Jaan_Tonisson_(Lasteleht), lk 285
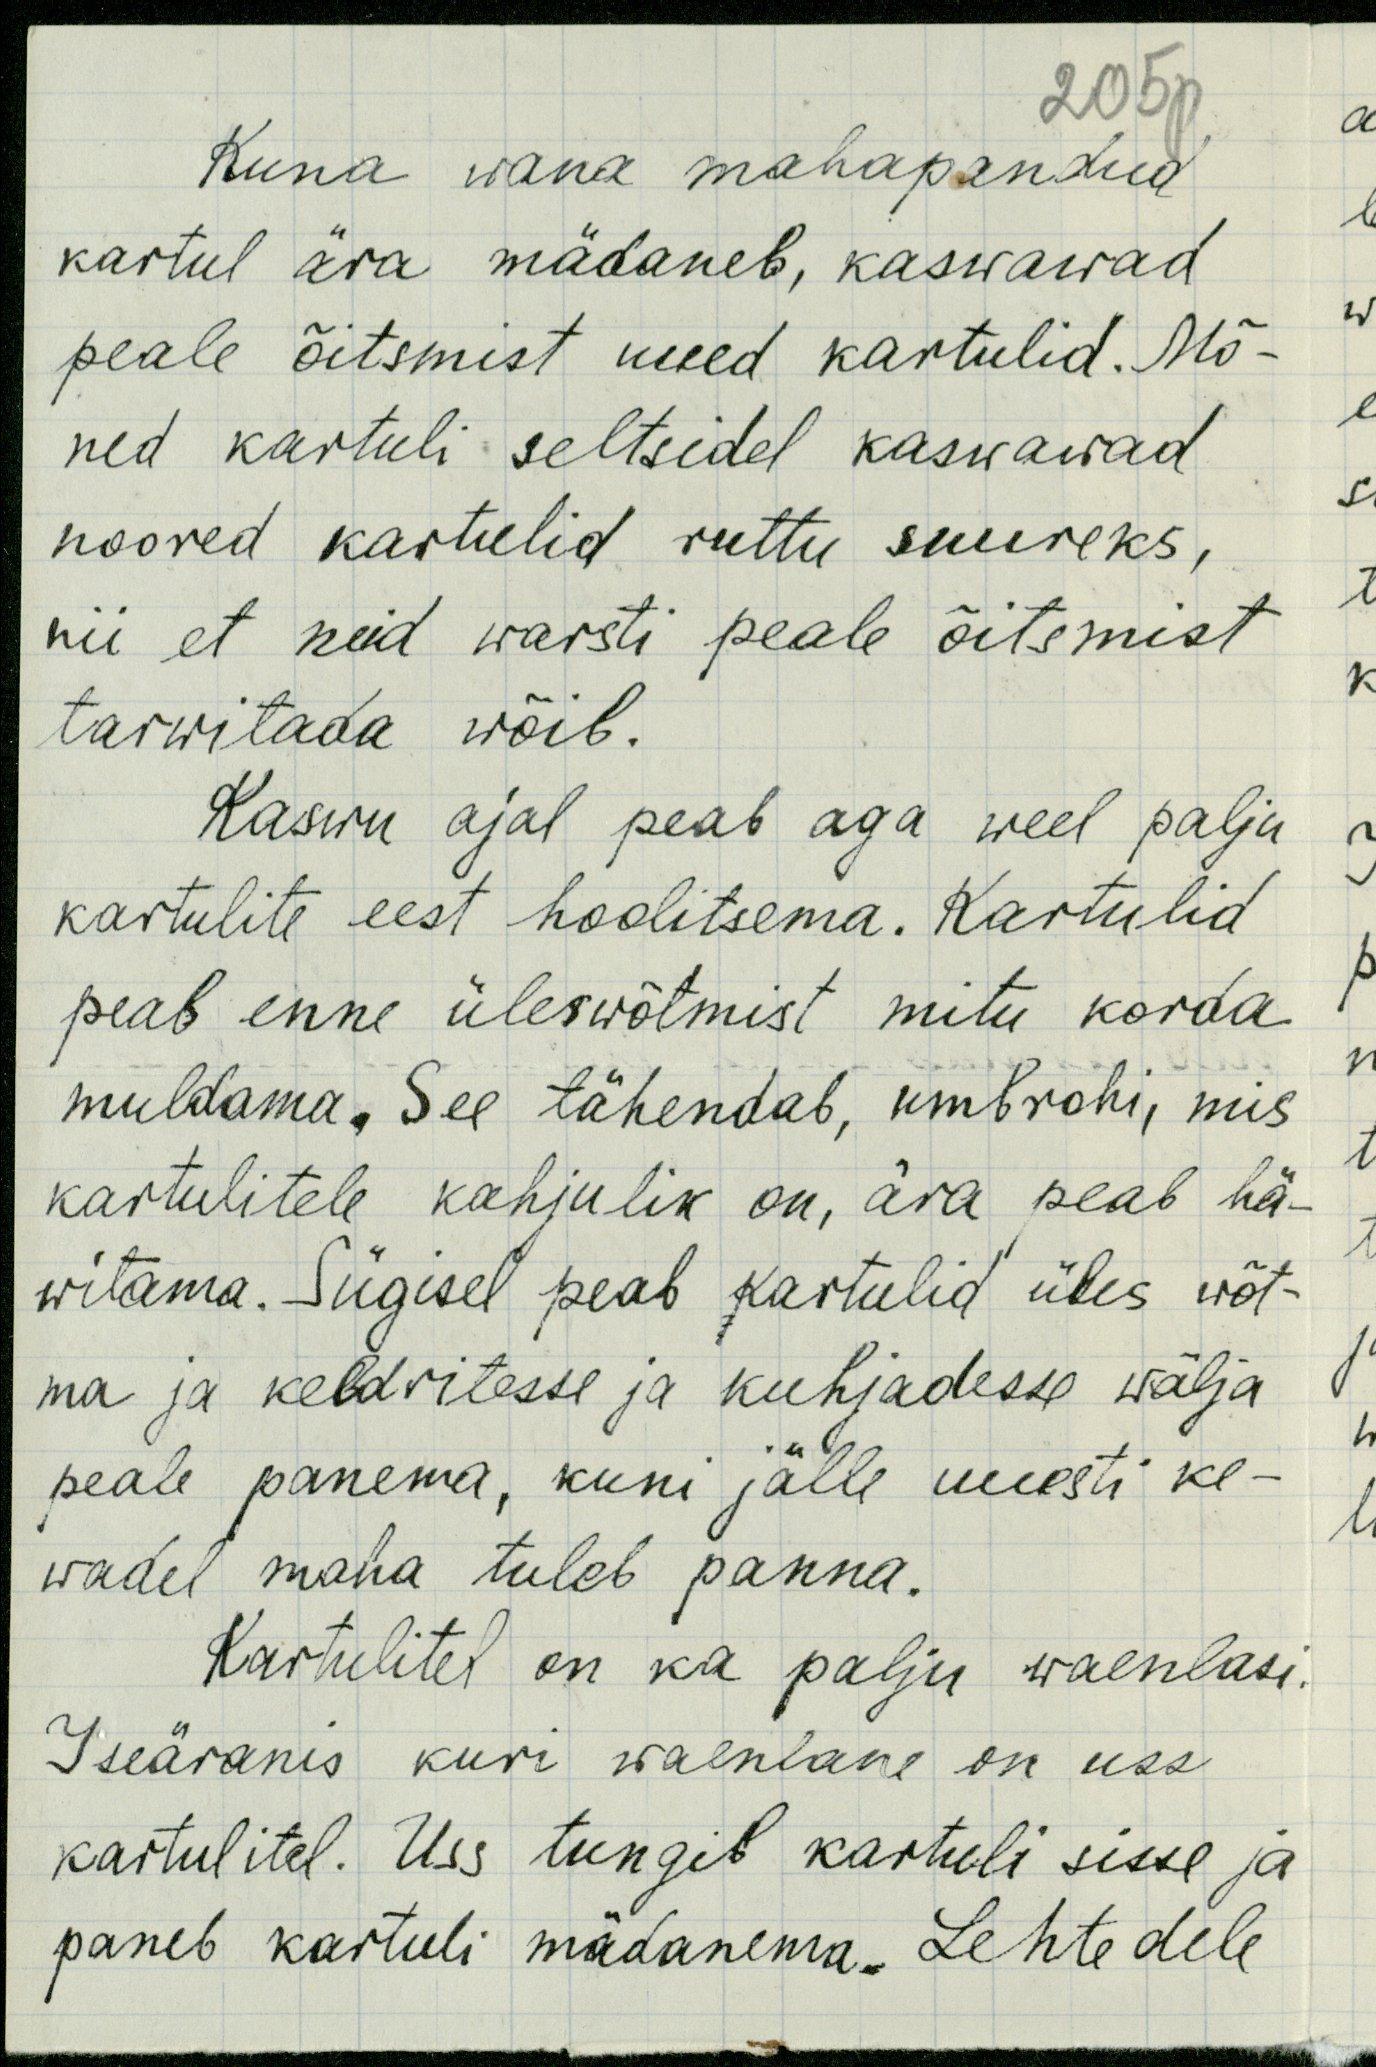
205p
Kuna wana mahapandud
kartul ära mädaneb, kaswawad
peale õitsmist uued kartulid. Mõ-
ned kartuli seltsidel kaswawad,
noored kartulid ruttu suureks,
nii et neid warsti peale õitsmist
tarwitada wõib.
Kaswu ajal peab aga weel palju
kartulite eest hoolitsema. Kartulid
peab enne üleswõtmist mitu korda
muldama. See tähendab, umbrohi, mis
kartulitele kahjulik on, ära peab hä-
witama. Sügisel peab kartulid üles wõt-
ma ja keldritesse ja kuhjadesse wälja
peale panema, kuni jälle uuesti ke-
wadel maha tuleb panna.
Kartulitel on ka palju waenlasi.
Iseäranis kuri waenlane on uss
kartulitel. Uss tungib kartuli sisse ja
paneb kartuli mädanema. Lehtedele